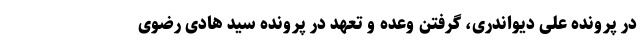
در پرونده علی دیواندری، گرفتن وعده و تعهد در پرونده سید هادی رضوی